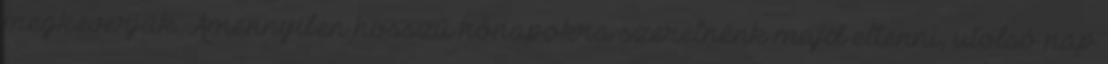
megkeverjük. Amennyiben hosszú hónapokra szeretnénk majd eltenni, utolsó nap